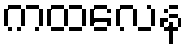
ကထလေန